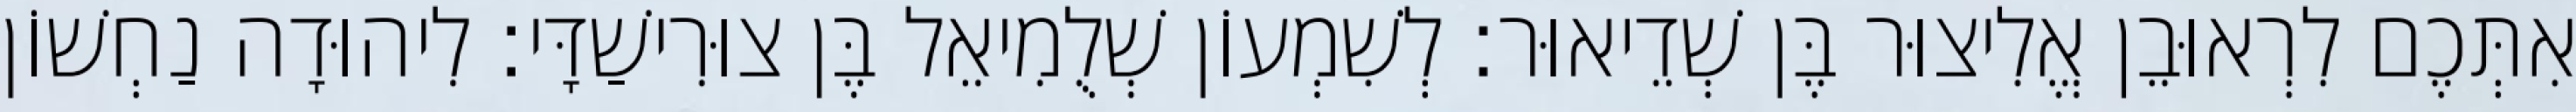
אִתְּכֶם לִרְאוּבֵן אֱלִיצוּר בֶּן שְׁדֵיאוּר׃ לְשִׁמְעוֹן שְׁלֻמִיאֵל בֶּן צוּרִישַׁדָּי׃ לִיהוּדָה נַחְשׁוֹן